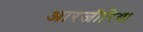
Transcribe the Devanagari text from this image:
आरजीरिया